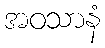
အဝသာနံ